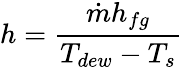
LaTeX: h=\frac{\dot{m}h_{fg}}{T_{dew}-T_{s}}